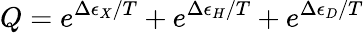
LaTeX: Q=e^{\Delta\epsilon_{X}/T}+e^{\Delta\epsilon_{H}/T}+e^{\Delta\epsilon_{D}/T}